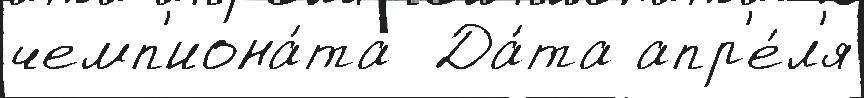
чемп'иона́та  Да́та апр'е́л'я